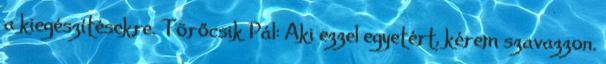
a kiegészítésekre. Törőcsik Pál: Aki ezzel egyetért, kérem szavazzon.